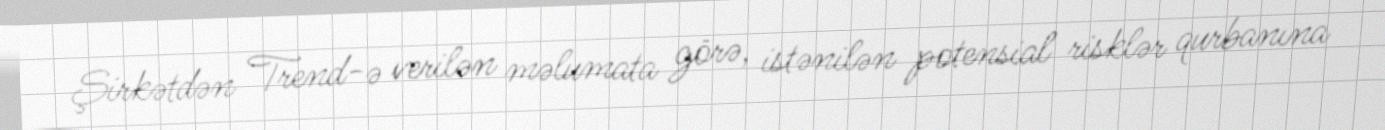
Şirkətdən Trend-ə verilən məlumata görə, istənilən potensial risklər qurbanına